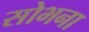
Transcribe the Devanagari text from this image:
सोभना